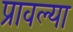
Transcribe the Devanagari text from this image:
प्रावल्या